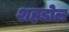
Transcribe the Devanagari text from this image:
शह़डोल